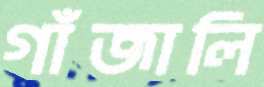
গাঁজালি